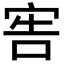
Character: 𡨟